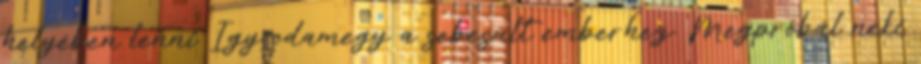
helyében lenni Így odamegy a sebesült emberhez. Megpróbál neki